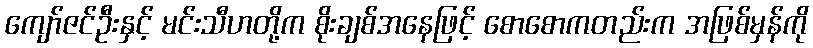
ကျော်ဇင်ဦးနှင့် မင်းသီဟတို့က စိုးချစ်အနေဖြင့် စောစောကတည်းက အဖြစ်မှန်ကို